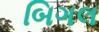
બિગલ